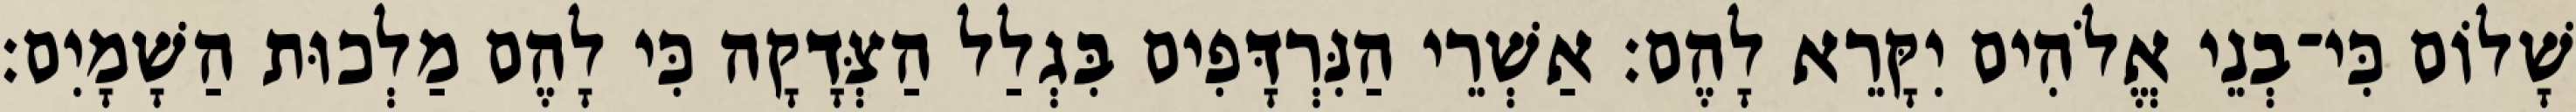
שָׁלוֹם כִּי־בְנֵי אֱלֹהִים יִקָּרֵא לָהֶם׃ אַשְׁרֵי הַנִּרְדָּפִים בִּגְלַל הַצְּדָקָה כִּי לָהֶם מַלְכוּת הַשָׁמָיִם׃